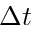
\Delta t